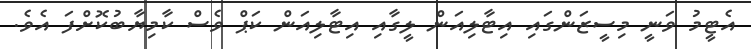
އެޓީމު ވަނީ މިސީޒަންގައި އިޓާލިއަން ލީގާއި އިޓާލިއަން ކަޕް ވެސް ކާމިޔާބުކޮށްފަ އެވެ.